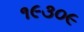
૧૯૩૦૯